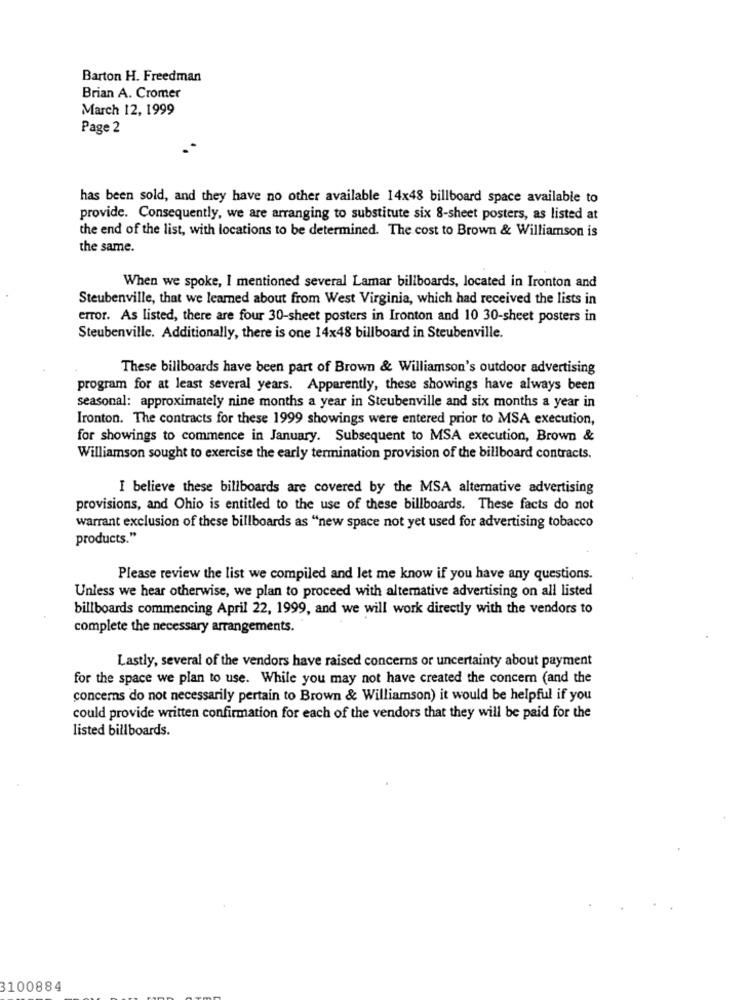
Barton H. Freedman
Brian A. Cromer
March 12, 1999
Page 2
has been sold, and they have no other available 14x48 billboard space available to
provide. Consequently, we are arranging to substitute six 8-sheet posters, as listed at
the end of the list, with locations to be determined. The cost to Brown & Williamson is
the same.
When we spoke, I mentioned several Lamar billboards, located in Ironton and
Steubenville, that we learned about from West Virginia, which had received the lists in
error. As listed, there are four 30-sheet posters in Ironton and 10 30-sheet posters in
Steubenville. Additionally, there is one 14×48 billboard in Steubenville.
These billboards have been part of Brown & Williamson's outdoor advertising
program for at least several years. Apparently, these showings have always been
seasonal: approximately nine months a year in Steubenville and six months a year in
Ironton. The contracts for these 1999 showings were entered prior to MSA execution,
for showings to commence in January. Subsequent to MSA execution, Brown &
Williamson sought to exercise the early termination provision of the billboard contracts.
I believe these billboards are covered by the MSA alternative advertising
provisions, and Ohio is entitled to the use of these billboards. These facts do not
warrant exclusion of these billboards as "new space not yet used for advertising tobacco
products."
Please review the list we compiled and let me know if you have any questions.
Unless we hear otherwise, we plan to proceed with alternative advertising on all listed
billboards commencing April 22, 1999, and we will work directly with the vendors to
complete the necessary arrangements.
Lastly, several of the vendors have raised concerns or uncertainty about payment
for the space we plan to use. While you may not have created the concern (and the
concerns do not necessarily pertain to Brown & Williamson) it would be helpful if you
could provide written confirmation for each of the vendors that they will be paid for the
listed billboards.
3100884